Senior Leaving Certificate Examination (including Day School Certificate (Higher) General paper), 1946
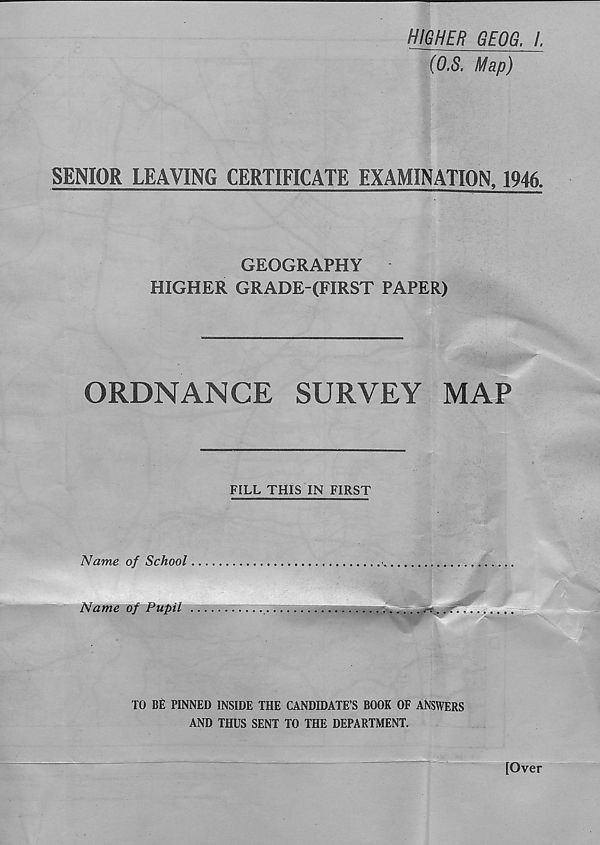
HIGHER GEOG. /.
(O.S. Map)
SENIOR LEAVING CERTIFICATE EXAMINATION, 1946.
GEOGRAPHY
HIGHER GRADE-(FIRST PAPER)
ORDNANCE
SURVEY
MAP
FILL THIS IN FIRST
Name of School
Name of Pupil ...
TO Bfi PINNED INSIDE THE CANDIDATE’S BOOK OF ANSWERS
AND THUS SENT TO THE DEPARTMENT.
[Over